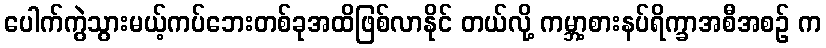
ပေါက်ကွဲသွားမယ့်ကပ်ဘေးတစ်ခုအထိဖြစ်လာနိုင် တယ်လို့ ကမ္ဘာ့စားနပ်ရိက္ခာအစီအစဉ် က